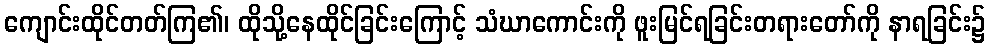
ကျောင်းထိုင်တတ်ကြ၏၊ ထိုသို့နေထိုင်ခြင်းကြောင့် သံဃာကောင်းကို ဖူးမြင်ရခြင်းတရားတော်ကို နာရခြင်း၌